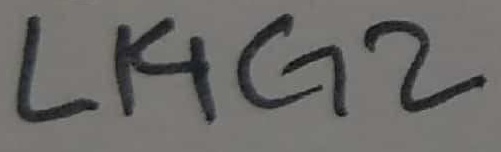
Text: LI4G2